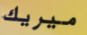
ميريك